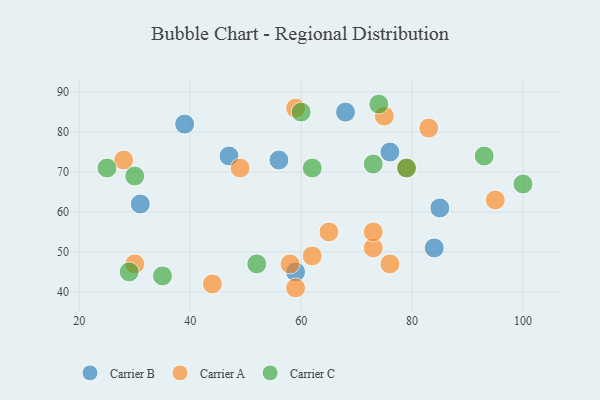
{"axis": {"x": "GDP", "y": "Life Expectancy"}, "legend": ["Carrier A", "Carrier B", "Carrier C"], "data": [{"x": "47", "y": 74, "type": "Carrier B"}, {"x": "76", "y": 75, "type": "Carrier B"}, {"x": "31", "y": 62, "type": "Carrier B"}, {"x": "59", "y": 45, "type": "Carrier B"}, {"x": "39", "y": 82, "type": "Carrier B"}, {"x": "68", "y": 85, "type": "Carrier B"}, {"x": "85", "y": 61, "type": "Carrier B"}, {"x": "56", "y": 73, "type": "Carrier B"}, {"x": "84", "y": 51, "type": "Carrier B"}, {"x": "30", "y": 47, "type": "Carrier A"}, {"x": "58", "y": 47, "type": "Carrier A"}, {"x": "59", "y": 41, "type": "Carrier A"}, {"x": "83", "y": 81, "type": "Carrier A"}, {"x": "59", "y": 86, "type": "Carrier A"}, {"x": "73", "y": 51, "type": "Carrier A"}, {"x": "73", "y": 55, "type": "Carrier A"}, {"x": "49", "y": 71, "type": "Carrier A"}, {"x": "28", "y": 73, "type": "Carrier A"}, {"x": "75", "y": 84, "type": "Carrier A"}, {"x": "76", "y": 47, "type": "Carrier A"}, {"x": "62", "y": 49, "type": "Carrier A"}, {"x": "65", "y": 55, "type": "Carrier A"}, {"x": "79", "y": 71, "type": "Carrier A"}, {"x": "44", "y": 42, "type": "Carrier A"}, {"x": "95", "y": 63, "type": "Carrier A"}, {"x": "25", "y": 71, "type": "Carrier C"}, {"x": "52", "y": 47, "type": "Carrier C"}, {"x": "73", "y": 72, "type": "Carrier C"}, {"x": "35", "y": 44, "type": "Carrier C"}, {"x": "100", "y": 67, "type": "Carrier C"}, {"x": "74", "y": 87, "type": "Carrier C"}, {"x": "30", "y": 69, "type": "Carrier C"}, {"x": "79", "y": 71, "type": "Carrier C"}, {"x": "29", "y": 45, "type": "Carrier C"}, {"x": "93", "y": 74, "type": "Carrier C"}, {"x": "62", "y": 71, "type": "Carrier C"}, {"x": "60", "y": 85, "type": "Carrier C"}]}